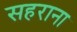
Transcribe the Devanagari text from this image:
सहराना